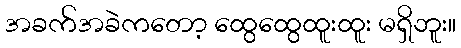
အခက်အခဲကတော့ ထွေထွေထူးထူး မရှိဘူး။